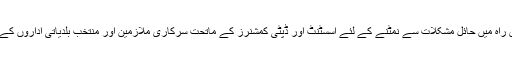
عوام کو احتیاطی تدابیر پر عمل کروانے ،اس راہ میں حائل مشکلات سے نمٹنے کے لئے اسسٹنٹ اور ڈپٹی کمشنرز کے ماتحت سرکاری ملازمین اور منتخب بلدیاتی اداروں کے اشتراک سے بہتر نظم اورکیا ہو سکتا ہے ؟